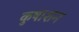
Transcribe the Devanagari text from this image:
कुषाशन